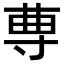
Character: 𡬭